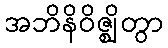
အဘိနိဝိဇ္ဈိတွာ